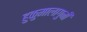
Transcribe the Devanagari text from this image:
हुकुमालागुनी